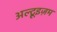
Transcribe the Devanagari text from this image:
अल्ट्रूइज़म